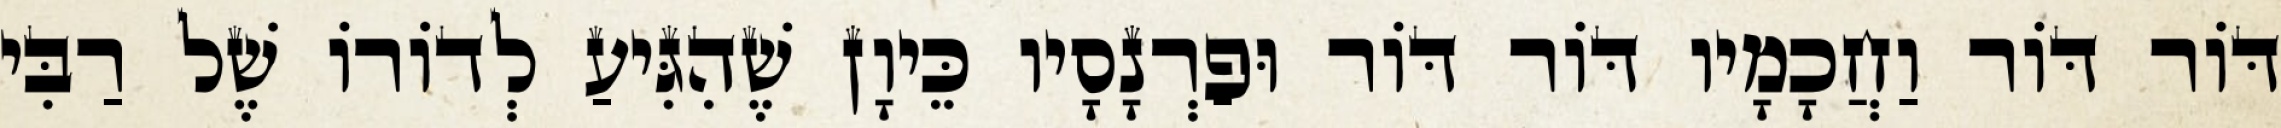
דּוֹר דּוֹר וַחֲכָמָיו דּוֹר דּוֹר וּפַרְנָסָיו כֵּיוָן שֶׁהִגִּיעַ לְדוֹרוֹ שֶׁל רַבִּי